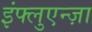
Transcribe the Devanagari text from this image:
इंफ्लुएन्ज़ा